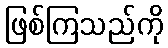
ဖြစ်ကြသည်ကို